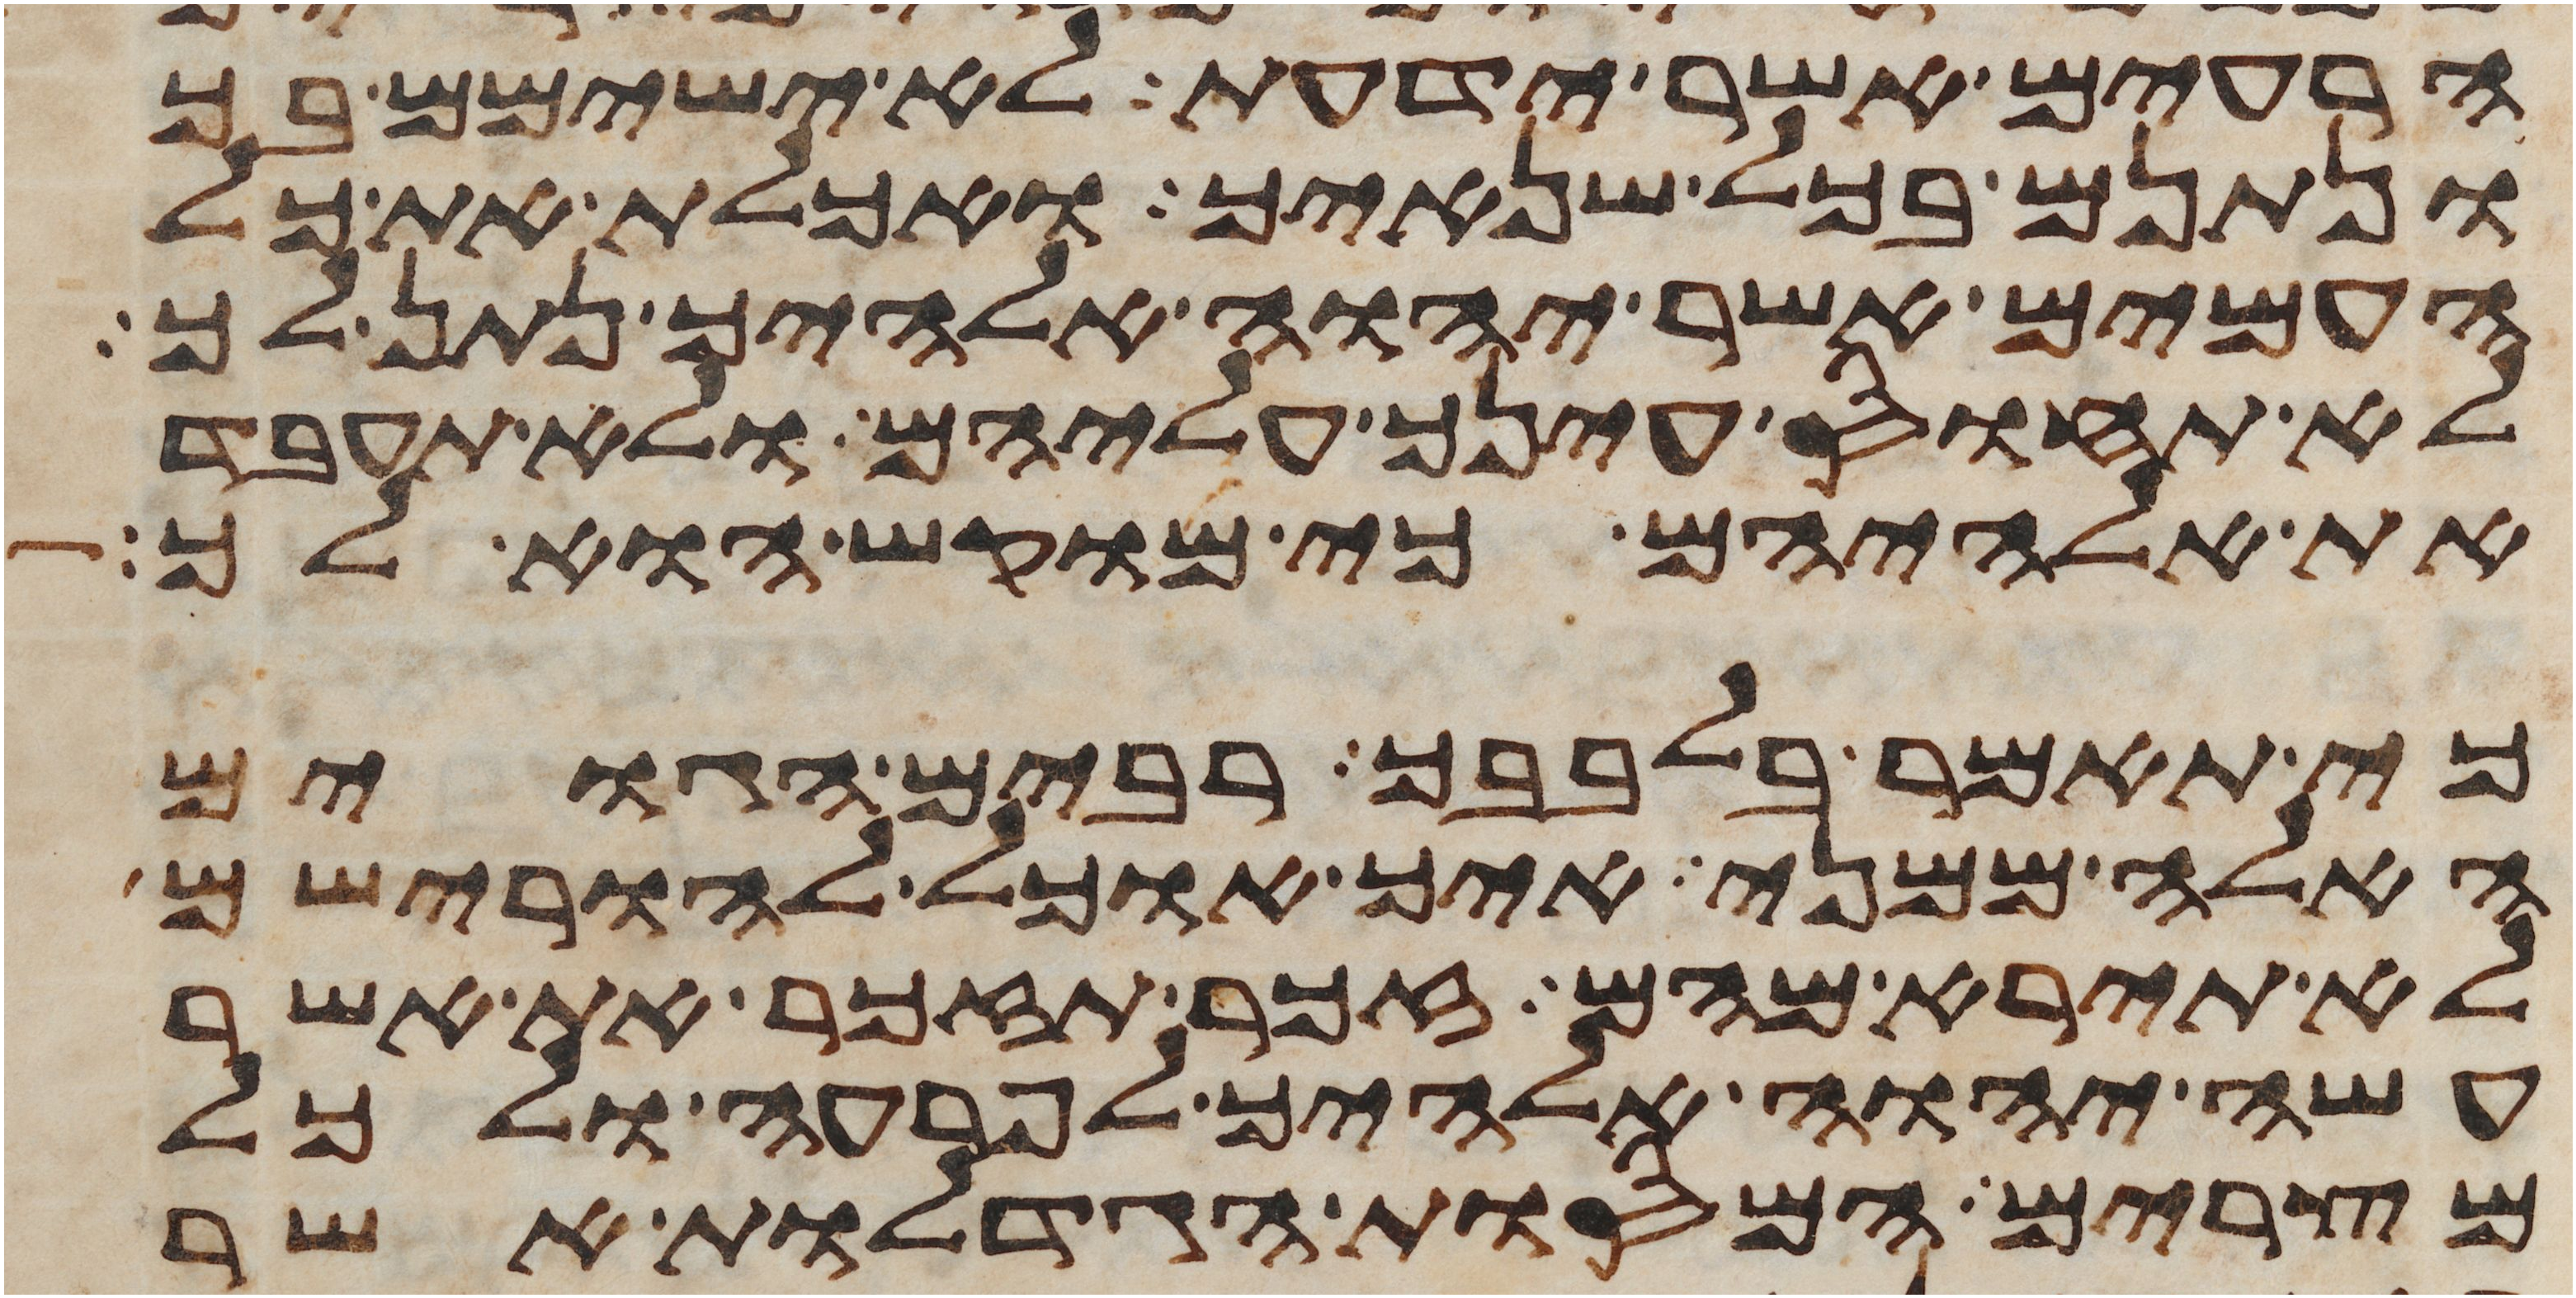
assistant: הרעים אשר ידעת לא ישימם בך
ונתנם בכל שנאיך ואכלת את כל
העמים אשר יהוה אלהיך נתן לך
לא תחוס עינך עליהם ולא תעבד
את אלהיהם כי מוקש הוא לך
כי תאמר בלבבך רבים הגוים
האלה ממני איך אוכל להורישם
לא תירא מהם זכר תזכר את אשר
עשה יהוה אלהיך לפרעה ולכל
מצרים המסות הגדלות אשר